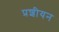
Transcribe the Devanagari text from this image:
प्रशीयन